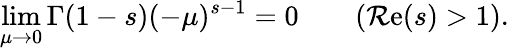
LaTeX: \operatorname*{lim}_{\mu\to0}\Gamma(1-s)(-\mu)^{s-1}=0\qquad(\operatorname{\mathcal{R}e}(s)>1).